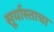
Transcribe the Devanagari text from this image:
सूर्यास्ताचा